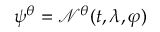
\psi ^ { \boldsymbol { \theta } } = \mathcal N ^ { \boldsymbol { \theta } } ( t , \lambda , \varphi )